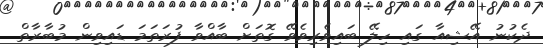
ދެކުނު އޭޝިއާ ގައި ހިލޭ ބައިވެރިވެވޭ ގޮތަށް ބާއްވާ ފުރަތަމަ ޑައިވިން މުބާރާތް